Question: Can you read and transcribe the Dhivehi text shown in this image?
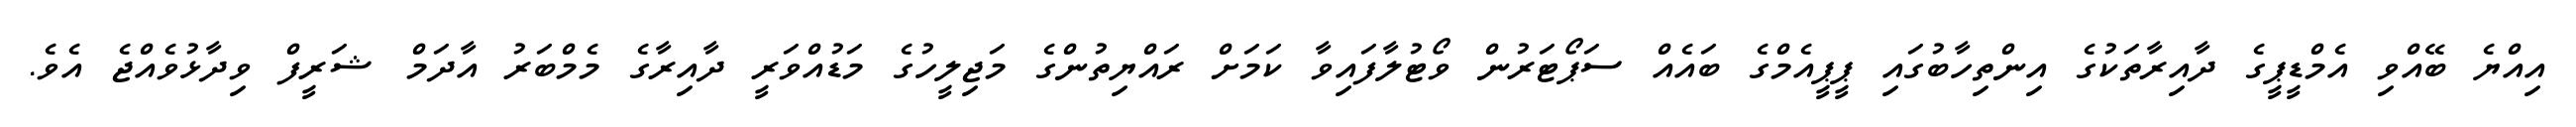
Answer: އިއްޔެ ބޭއްވި އެމްޑީޕީގެ ދާއިރާތަކުގެ އިންތިހާބުގައި ޕީޕީއެމްގެ ބައެއް ސަޕޯޓަރުން ވޯޓުލާފައިވާ ކަމަށް ރައްޔިތުންގެ މަޖިލީހުގެ މަޑުއްވަރީ ދާއިރާގެ މެމްބަރު އާދަމް ޝަރީފް ވިދާޅުވެއްޖެ އެވެ.